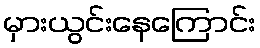
မှားယွင်းနေကြောင်း